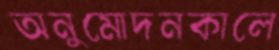
অনুমোদনকালে